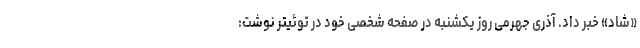
«شاد» خبر داد. آذری جهرمی روز یکشنبه در صفحه شخصی خود در توئیتر نوشت: